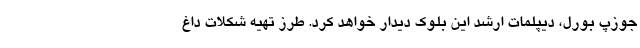
جوزپ بورل، دیپلمات ارشد این بلوک دیدار خواهد کرد. طرز تهیه شکلات داغ